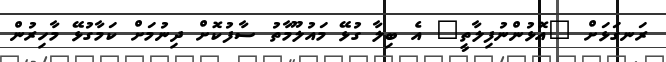
ރަނގަޅަށް "އޮޅުންނުފިލާތީ" އެ ބިލާ ގުޅޭ މައުލޫމާތު ސާފުކޮށް ދިނުމަށް ކަމާގުޅޭ މާހިރުން